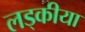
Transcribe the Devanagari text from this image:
लड्कीया